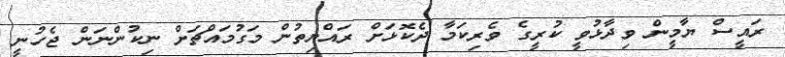
ރައީސް ޔާމީން ވިދާޅުވީ ކުރީގެ ވެރިކަމާ ދެކޮޅަށް ރައްޔިތުން މަގުމައްޗަށް ނިކުންނަން ޖެހުނީ